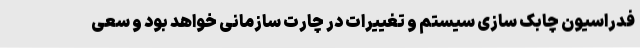
فدراسیون چابک سازی سیستم و تغییرات در چارت سازمانی خواهد بود و سعی